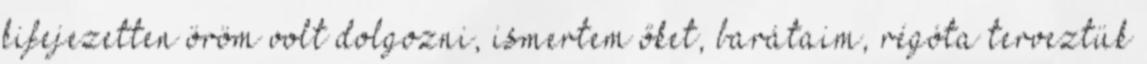
kifejezetten öröm volt dolgozni, ismertem őket, barátaim, régóta terveztük